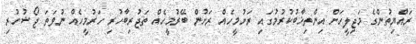
ރައްޔިތުންގެ މަޖިލީހަށް އިންތިޚާބުކުރުމުގައި ރަށުމީހެއް ރަށުން ބޭރުމީހެއް ތަޖުރިބާހުރި ހަރުމީހެއް ނުވަތަ ޖޯޝުހުރި